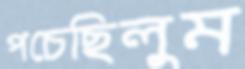
পচেছিলুম